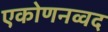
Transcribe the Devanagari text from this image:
एकोणनव्वद